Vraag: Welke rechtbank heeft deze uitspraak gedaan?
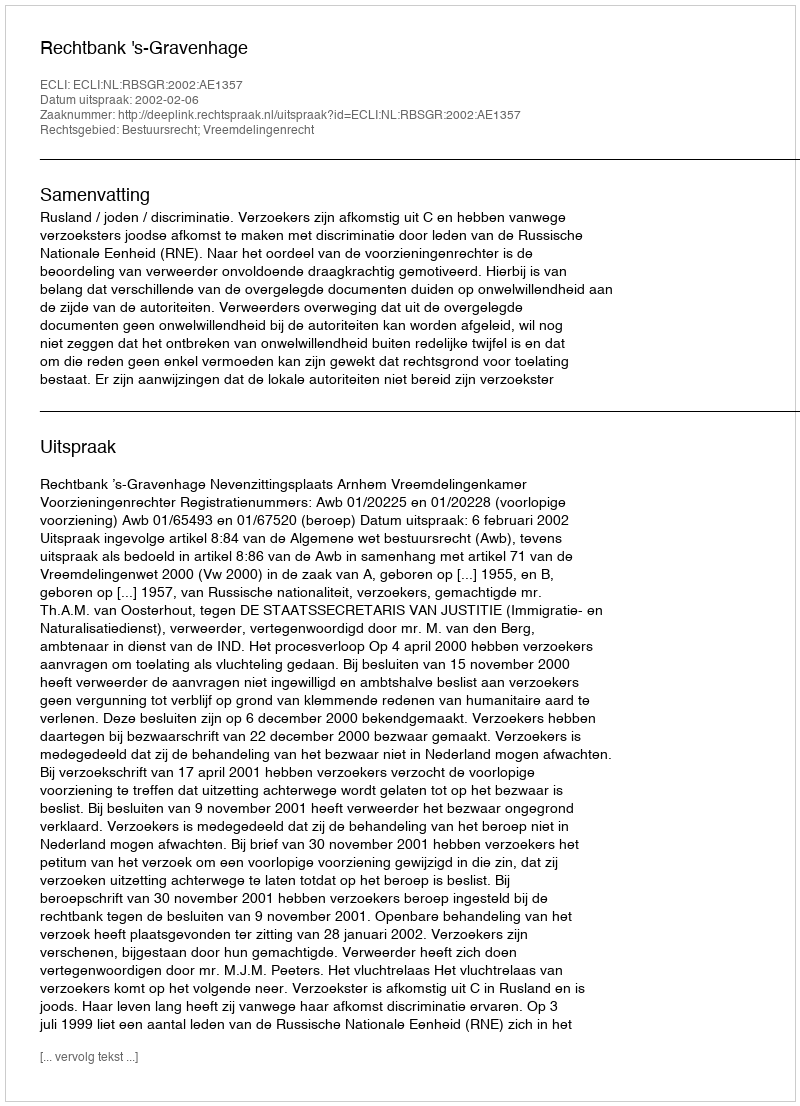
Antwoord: Rechtbank 's-Gravenhage